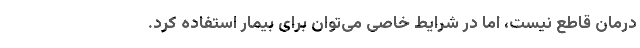
درمان قاطع نیست، اما در شرایط خاصی می‌توان برای بیمار استفاده کرد.